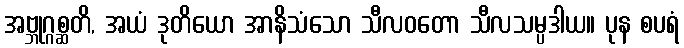
အဗ္ဘုဂ္ဂစ္ဆတိ, အယံ ဒုတိယော အာနိသံသော သီလဝတော သီလသမ္ပဒါယ။ ပုန စပရံ